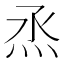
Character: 𤇏